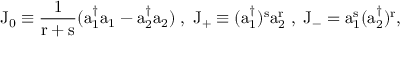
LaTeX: \mathrm { J _ { 0 } \equiv \frac { 1 } { r + s } ( a _ { 1 } ^ { \dagger } a _ { 1 } - a _ { 2 } ^ { \dagger } a _ { 2 } ) \; , \; \mathrm { J _ { + } \equiv ( a _ { 1 } ^ { \dagger } ) ^ { s } a _ { 2 } ^ { r } \; , \; \mathrm { J _ { - } = a _ { 1 } ^ { s } ( a _ { 2 } ^ { \dagger } ) ^ { r } , } } }